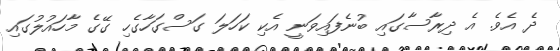
ދެ އެވެ. އެ ދިރާސާގައި ބުނެފައިވަނީ އެކި ކަހަލަ ގަސްގަހާގެހި ގޭގެ މާހައުލުގައި